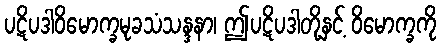
ပဋိပဒါဝိမောက္ခမုခသံသန္ဒနာ၊ ဤပဋိပဒါတို့နှင့် ဝိမောက္ခကို